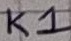
Text: K1